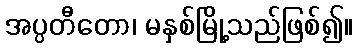
အပ္ပတီတော၊ မနှစ်မြို့သည်ဖြစ်၍။